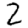
Digit: 2